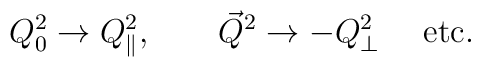
Q_0^2 \to Q_{\|} ^2, \ \ \ \ \ \ {\vec Q}^2 \to - Q_{\bot}^2 \ \ \ \  {\rm etc.}